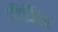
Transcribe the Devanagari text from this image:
पीजिए